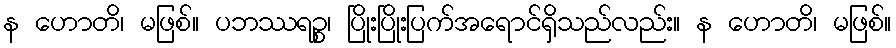
န ဟောတိ၊ မဖြစ်။ ပဘဿရဉ္စ၊ ပြိုးပြိုးပြက်အရောင်ရှိသည်လည်း။ န ဟောတိ၊ မဖြစ်။